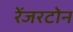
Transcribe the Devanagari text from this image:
रेंजरटोन